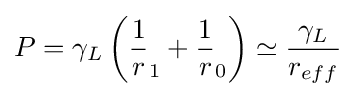
P=\gamma _{L}\left({\frac {1}{r}}_{1}+{\frac {1}{r}}_{0}\right)\simeq {\frac {\gamma _{L}}{r_{eff}}}